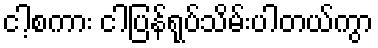
ငါ့စကား ငါပြန်ရုပ်သိမ်းပါတယ်ကွာ